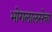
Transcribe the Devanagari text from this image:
भोगलालसेचा